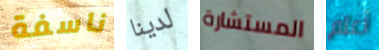
ناسفة لدينا المستشارة أعلم